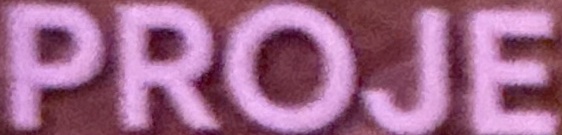
PROJE